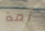
أمة